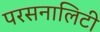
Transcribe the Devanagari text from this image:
परसनालिटी